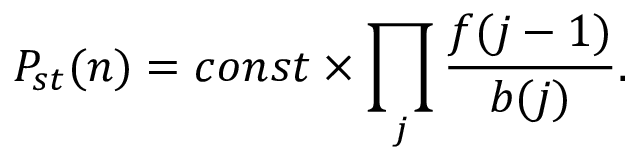
P _ { s t } ( n ) = c o n s t \times \prod _ { j } \frac { f ( j - 1 ) } { b ( j ) } .